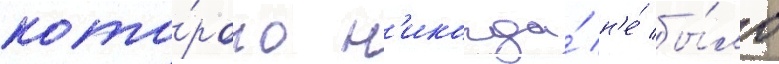
кото́рого н'икогда́ н'е́ бы́ло